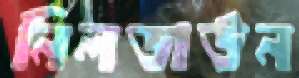
নিলডাউন